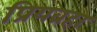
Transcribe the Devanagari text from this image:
प्रियब्रहा